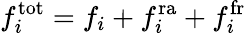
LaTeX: f_{i}^{\mathrm{tot}}=f_{i}+f_{i}^{\mathrm{ra}}+f_{i}^{\mathrm{fr}}